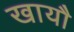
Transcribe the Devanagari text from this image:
खायौ